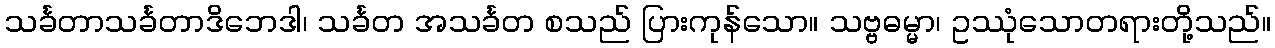
သင်္ခတာသင်္ခတာဒိဘေဒါ၊ သင်္ခတ အသင်္ခတ စသည် ပြားကုန်သော။ သဗ္ဗဓမ္မာ၊ ဥဿုံသောတရားတို့သည်။